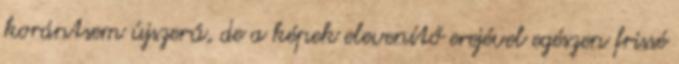
korántsem újszerű, de a képek elevenítő erejével egészen frissé